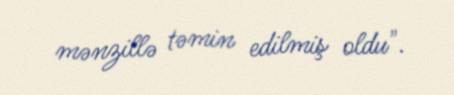
mənzillə təmin edilmiş oldu".